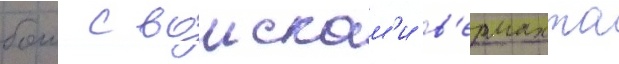
бои с воискам'и в'ермахта